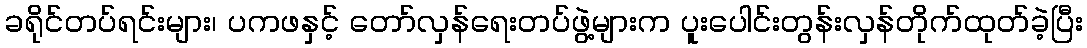
ခရိုင်တပ်ရင်းများ၊ ပကဖနှင့် တော်လှန်ရေးတပ်ဖွဲ့များက ပူးပေါင်းတွန်းလှန်တိုက်ထုတ်ခဲ့ပြီး